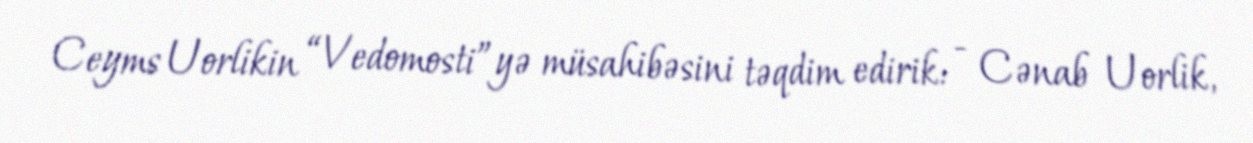
Ceyms Uorlikin “Vedomosti”yə müsahibəsini təqdim edirik: - Cənab Uorlik,